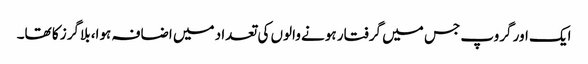
ایک اور گروپ جس میں گرفتار ہونے والوں کی تعداد میں اضافہ ہوا، بلاگرز کا تھا۔